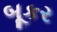
બૂકર